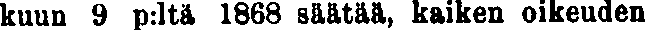
kuun 9 p:ltä 1868 säätää, kaiken oikeuden